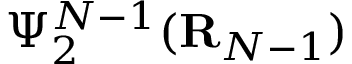
\Psi _ { 2 } ^ { N - 1 } ( { \bf R } _ { N - 1 } )